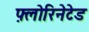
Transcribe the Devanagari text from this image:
फ़्लोरिनेटेड